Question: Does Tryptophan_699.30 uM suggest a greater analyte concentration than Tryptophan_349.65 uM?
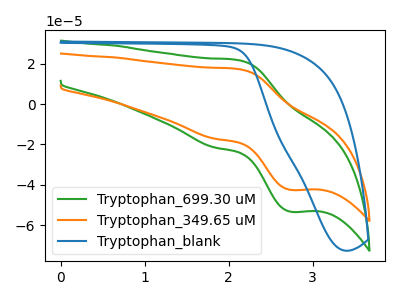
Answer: <think>The green curve "Tryptophan_699.30 uM" has an anodic peak at (2.10V, 21.75uA) and a cathodic peak at (2.75V, -53.35uA). The orange curve "Tryptophan_349.65 uM" has an anodic peak at (2.10V, 17.35uA) and a cathodic peak at (2.75V, -42.55uA). The blue curve "Tryptophan_blank" has no peaks.
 All the peaks in "Tryptophan_699.30 uM" have a peak in "Tryptophan_349.65 uM" at the same potential. Every peak in "Tryptophan_699.30 uM" is higher than every peak in "Tryptophan_349.65 uM".</think>
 <answer>"Tryptophan_699.30 uM" has more signal than "Tryptophan_349.65 uM".</answer>
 <eval>more_signal</eval>